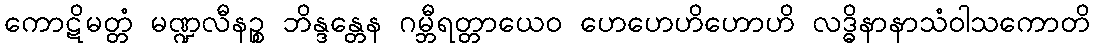
ကောဋိမတ္တံ မဏ္ဍလီနဉ္စ ဘိန္ဒန္တေန ဂမ္ဘီရတ္တာယေဝ ဟေဟေဟိဟောဟိ လဒ္ဓိနာနာသံဝါသကောတိ